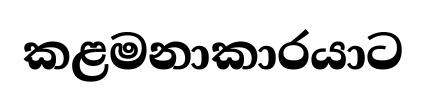
කළමනාකාරයාට